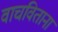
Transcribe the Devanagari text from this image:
वाचविताना